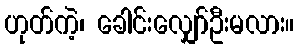
ဟုတ်ကဲ့၊ ခေါင်းလျှော်ဦးမလား။